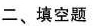
二、填空题